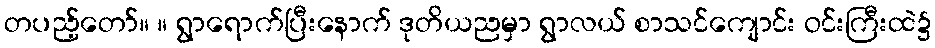
တပည့်တော်။ ။ ရွာရောက်ပြီးနောက် ဒုတိယညမှာ ရွာလယ် စာသင်ကျောင်း ဝင်းကြီးထဲ၌